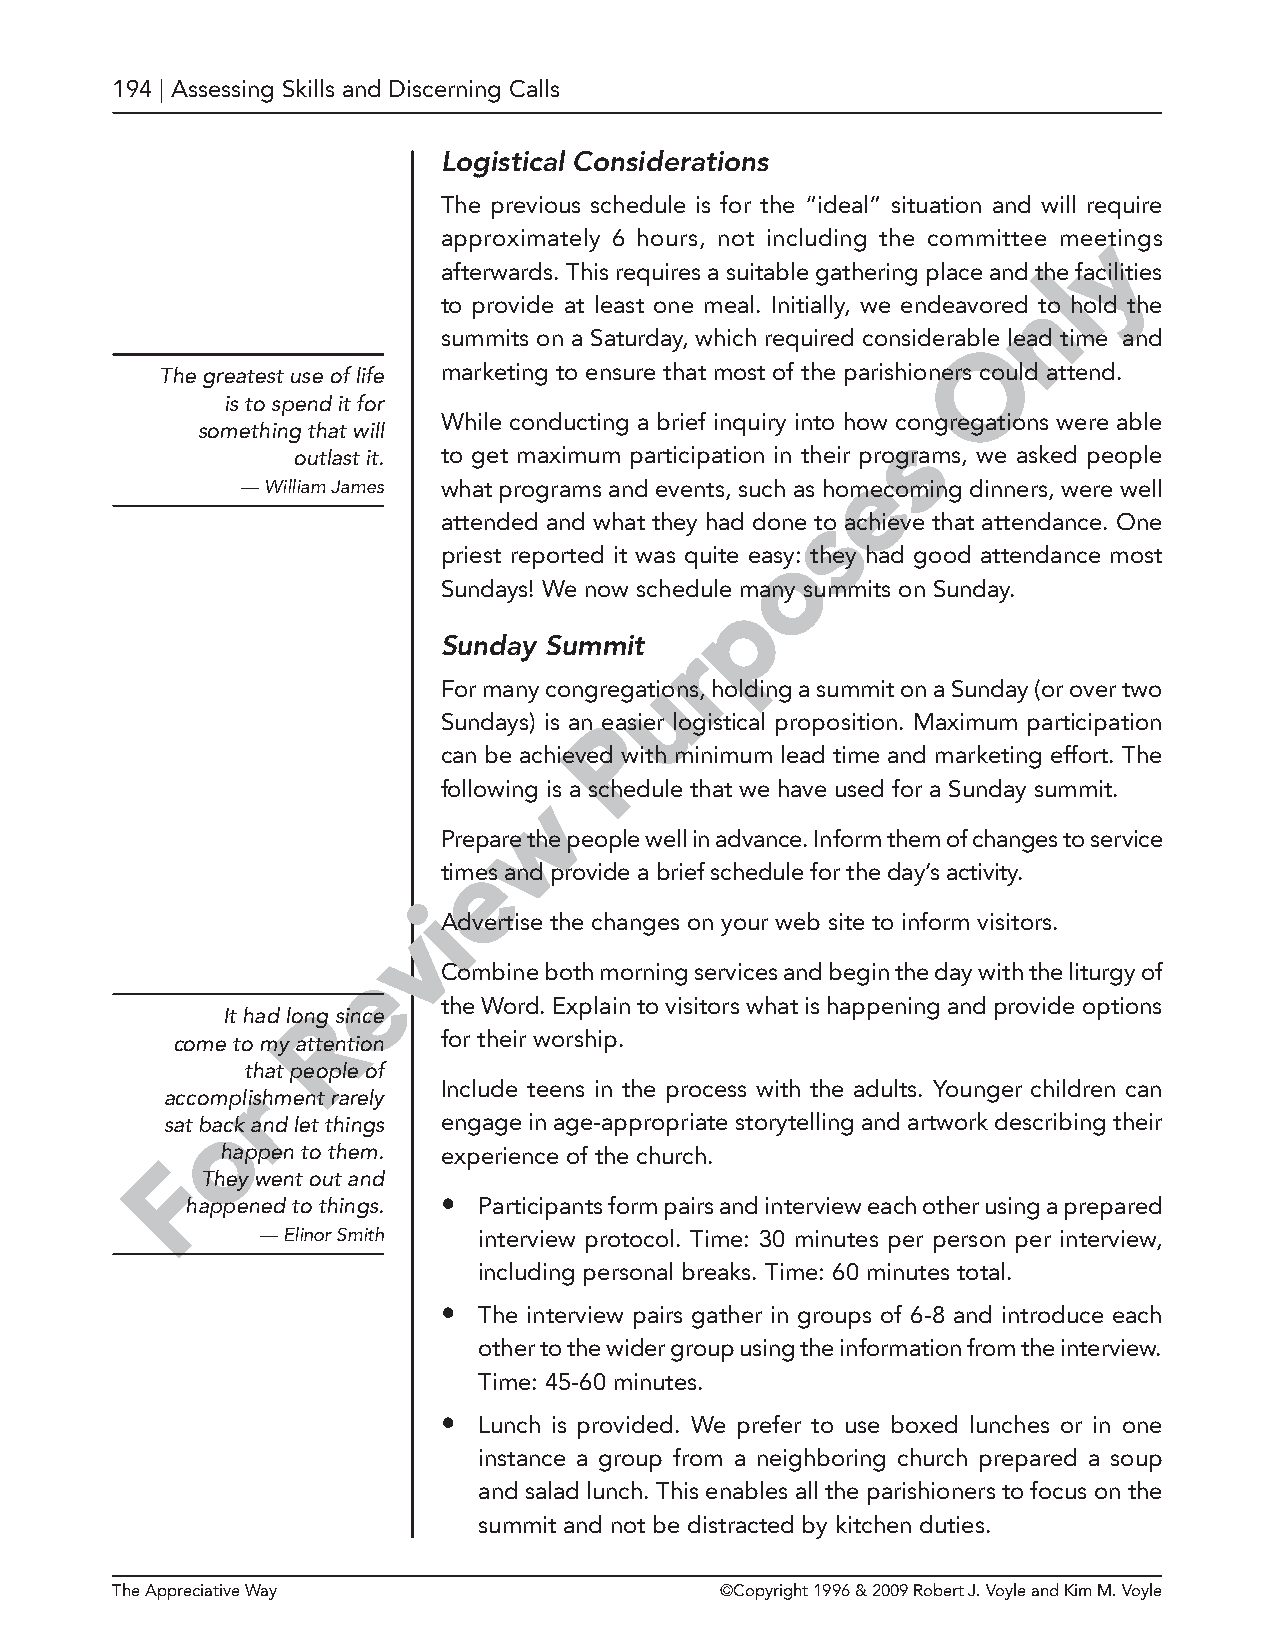
194 | Assessing Skills and Discerning Calls
 Logistical Considerations
 The previous schedule is for the “ideal” situation and will require
 approximately 6 hours, not including the committee meyetings
 afterwards. This requires a suitable gathering place and thle facilities
 n
 to provide at least one meal. Initially, we endeavored to hold the
 summits on a Saturday, which required considerablOe lead time and
 The greatest use of life marketing to ensure that most of the parishioners could attend.
 is to spend it for
 While conducting a brief inquiry into how congregations were able
 something that will                           s
 outlast it. to get maximum participation in their programs, we asked people
 e
 — William James what programs and events, such as homecoming dinners, were well
 s
 attended and what they had done to achieve that attendance. One
 priest reported it was quite easoy: they had good attendance most
 Sundays! We now schedule many summits on Sunday.
 p
 Sunday Summit   r
 u
 For many congregations, holding a summit on a Sunday (or over two
 Sundays) is an Peasier logistical proposition. Maximum participation
 can be achieved with minimum lead time and marketing effort. The
 following is a schedule that we have used for a Sunday summit.
 w
 Prepare the people well in advance. Inform them of changes to service
 e
 times and provide a brief schedule for the day’s activity.
 i
 vAdvertise the changes on your web site to inform visitors.
 e    Combine both morning services and begin the day with the liturgy of
 the Word. Explain to visitors what is happening and provide options
 It had lonRg since
 come to my attention for their worship.
 that people of
 r            Include teens in the process with the adults. Younger children can
 accomplishment rarely
 sat bo ack and let things engage in age-appropriate storytelling and artwork describing their
 happen to them. experience of the church.
 F
 They went out and
 happened to things. • Participants form pairs and interview each other using a prepared
 — Elinor Smith interview protocol. Time: 30 minutes per person per interview,
 including personal breaks. Time: 60 minutes total.
 •  The interview pairs gather in groups of 6-8 and introduce each
 other to the wider group using the information from the interview.
 Time: 45-60 minutes.
 •  Lunch is provided. We prefer to use boxed lunches or in one
 instance a group from a neighboring church prepared a soup
 and salad lunch. This enables all the parishioners to focus on the
 summit and not be distracted by kitchen duties.
 The Appreciative Way                     ©Copyright 1996 & 2009 Robert J. Voyle and Kim M. Voyle